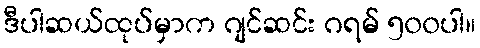
ဒီပါဆယ်ထုပ်မှာက ဂျင်ဆင်း ဂရမ် ၅၀၀ပါ။